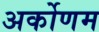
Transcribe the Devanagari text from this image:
अर्कोणम